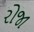
રોજા